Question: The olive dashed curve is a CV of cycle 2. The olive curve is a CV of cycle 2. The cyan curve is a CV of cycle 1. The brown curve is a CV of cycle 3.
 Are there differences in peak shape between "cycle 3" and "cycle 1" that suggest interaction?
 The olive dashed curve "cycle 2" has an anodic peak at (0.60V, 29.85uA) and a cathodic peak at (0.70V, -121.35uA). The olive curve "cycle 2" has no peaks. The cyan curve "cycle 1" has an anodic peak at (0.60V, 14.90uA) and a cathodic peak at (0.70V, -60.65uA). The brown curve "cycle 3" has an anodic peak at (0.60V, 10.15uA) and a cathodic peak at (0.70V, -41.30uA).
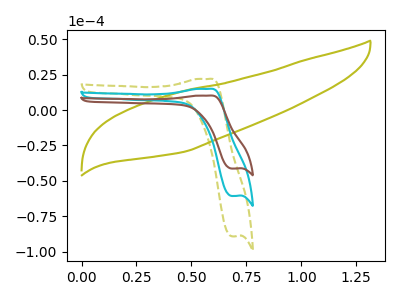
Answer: <think>All the peaks in "cycle 3" have a peak in "cycle 1" at the same potential. Every peak in "cycle 3" is lower than every peak in "cycle 1".
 </think>
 <answer>No, "cycle 3" and "cycle 1" don't appear to be significantly different in shape</answer>
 <eval>no_change</eval>